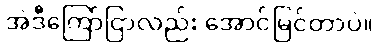
အဲဒီကြော်ငြာလည်း အောင်မြင်တာပဲ။